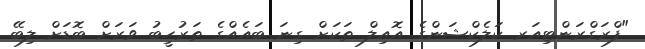
"ފްރަގްރަންޓިއަރ ކަލެކްޝަންގެ އޮއިލް ތަކަށް ގިނަ ބައެއްގެ ތަރުހީބު ވަރަށް ބޮޑަށް ލިބޭ.